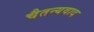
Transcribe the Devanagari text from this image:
चैतन्यवाद